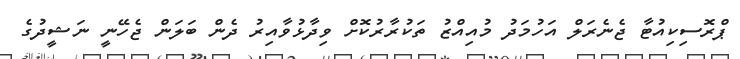
ޕްރޮސިކިއުޓާ ޖެނެރަލް އަހުމަދު މުއިއްޒު ތަކުރާރުކޮށް ވިދާޅުވާއިރު ދެން ބަލަން ޖެހޭނީ ނަޝީދުގެ